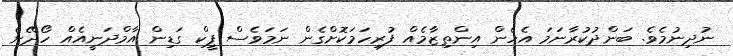
ނުދިނުމެވެ. ބަންދުކުރާނަމަ އެހެން އިންތިޒާމެއް ފުރިހަމަކޮށްގެން ނަމަވެސް ޕީކް ގަޑިން އާމްދަނީއެއް ހޯދޭނެ